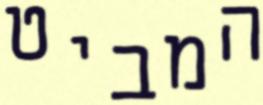
המביט